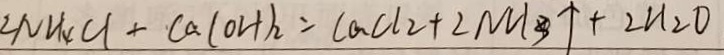
2 N H _ { 4 } C l + C a ( O H ) _ { 2 } = C a C l _ { 2 } + 2 N H _ { 3 } \uparrow + 2 H _ { 2 } O